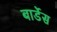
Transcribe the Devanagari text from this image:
बार्डेस